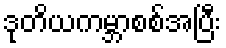
ဒုတိယကမ္ဘာစစ်အပြီး